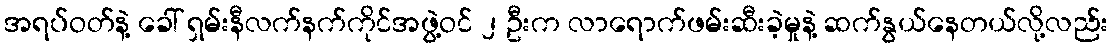
အရပ်ဝတ်နဲ့ ခေါ် ရှမ်းနီလက်နက်ကိုင်အဖွဲ့ဝင် ၂ ဦးက လာရောက်ဖမ်းဆီးခဲ့မှုနဲ့ ဆက်နွယ်နေတယ်လို့လည်း